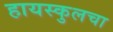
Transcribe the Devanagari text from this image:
हायस्‍कुलचा